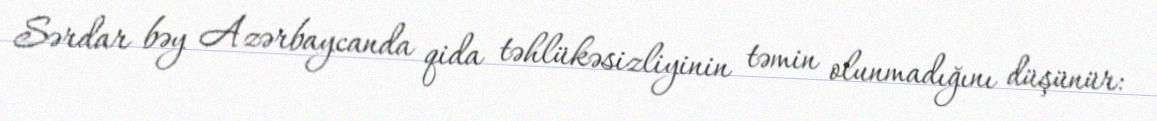
Sərdar bəy Azərbaycanda qida təhlükəsizliyinin təmin olunmadığını düşünür: